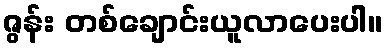
ဇွန်း တစ်ချောင်းယူလာပေးပါ။